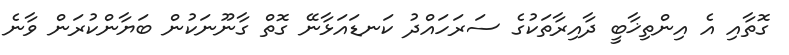
ގޮތާއި އެ އިންތިޚާބީ ދާއިރާތަކުގެ ސަރަހައްދު ކަނޑައަޅާނޭ ގޮތް ގާނޫނަކުން ބަޔާންކުރަން ވާނެ